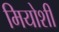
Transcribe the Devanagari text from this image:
मियोशी